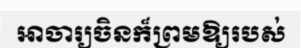
អាចារ្យចិនក៏ព្រមឱ្យរបស់